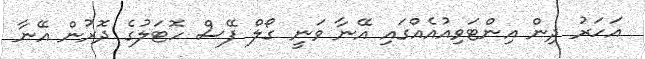
އަހަރު ދިން އިންޓަވިއުއެއްގައި އޭނާ ވަނީ ގޯލް ފޭސް ހޮޓަލުގެ ދޮރުން އޭނާ